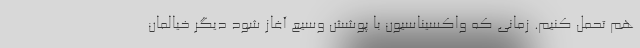
هم تحمل کنیم. زمانی که واکسیناسیون با پوشش وسیع آغاز شود دیگر خیالمان